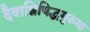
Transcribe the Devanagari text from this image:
दैवान्निषिद्धगुरुगा